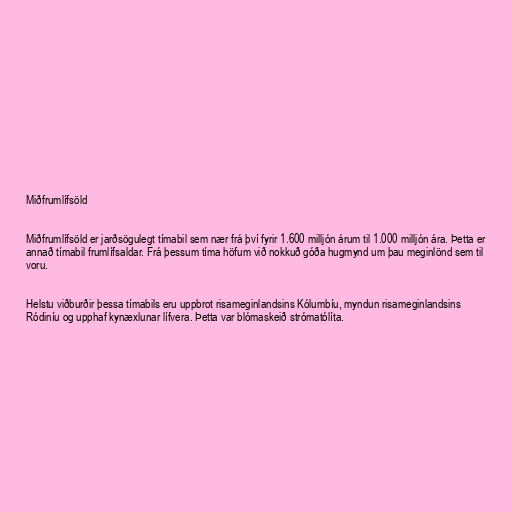
Miðfrumlífsöld

Miðfrumlífsöld er jarðsögulegt tímabil sem nær frá því fyrir 1.600 milljón árum til 1.000 milljón ára. Þetta er
annað tímabil frumlífsaldar. Frá þessum tíma höfum við nokkuð góða hugmynd um þau meginlönd sem til
voru.

Helstu viðburðir þessa tímabils eru uppbrot risameginlandsins Kólumbíu, myndun risameginlandsins
Ródiníu og upphaf kynæxlunar lífvera. Þetta var blómaskeið strómatólíta.